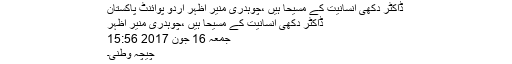
ڈاکٹر دکھی انسانیت کے مسیحا ہیں ،چوہدری منیر اظہر اُردو پوائنٹ پاکستان
ڈاکٹر دکھی انسانیت کے مسیحا ہیں ،چوہدری منیر اظہر
جمعہ 16 جون 2017 15:56
چیچہ وطنی۔